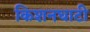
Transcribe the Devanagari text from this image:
किशनघाटी